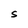
Character: S